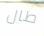
طال